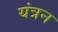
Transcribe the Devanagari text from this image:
यंत्रन